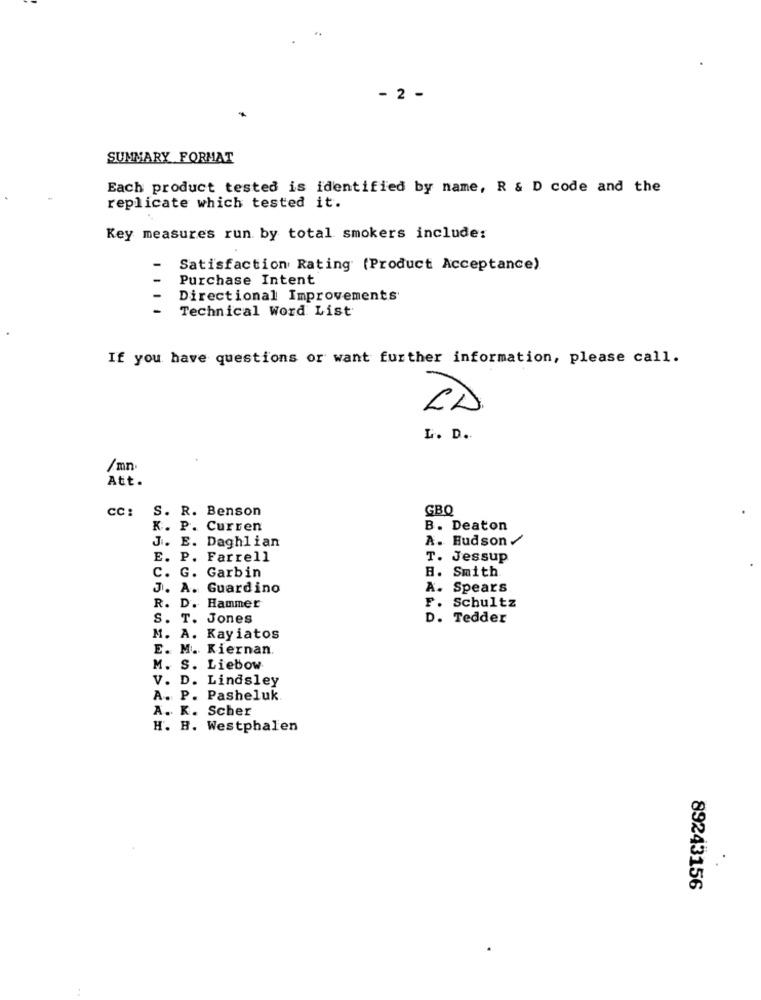
- 2 -
SUMMARY FORMAT
Each product tested is identified by name, R & D code and the
replicate which tested it.
Key measures run by total smokers include:
Satisfaction Rating (Product Acceptance)
Purchase Intent
Directional Improvements'
Technical Word List
If you have questions or want further information, please call.
CD
L. D.
/mn.
Att.
CC: S. R. Benson
GBQ
K. P. Curren
B. Deaton
A. Hudson /
J. E. Daghlian
E. P. Farrell
T.
Jessup
Smith
C. G. Garbin
J. A. Guardino
A
Spears
R. D.
Hammer
F. Schultz
S. T. Jones
D. Tedder
M. A. Kayiatos
E. M. Kiernan
M. S. Liebow
V. D. Lindsley
A. P. Pasheluk
A. K. Scher
H. H. Westphalen
.
89243156